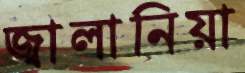
জ্বালানিয়া